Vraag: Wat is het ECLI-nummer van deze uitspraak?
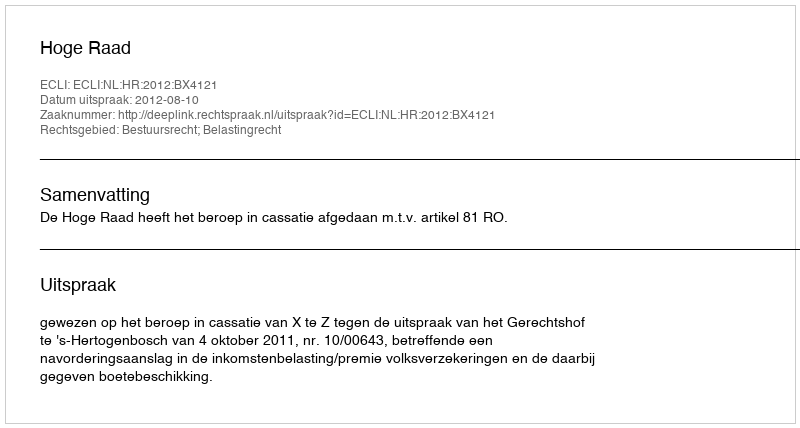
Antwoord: ECLI:NL:HR:2012:BX4121